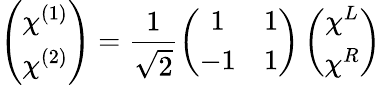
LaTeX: \left(\begin{array}{c}{{\chi^{(1)}}}\\ {{\chi^{(2)}}}\end{array}\right)=\frac{1}{\sqrt{2}}\left(\begin{array}{cc}{{1}}&{{1}}\\ {{-1}}&{{1}}\end{array}\right)\left(\begin{array}{c}{{\chi^{L}}}\\ {{\chi^{R}}}\end{array}\right)